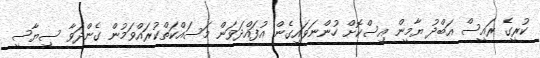
ކުރީގެ ރައީސް އަބްދު ޔާމީން އިސްކޮށް ހުންނަވައިގެން އުފައްދަވަން މަސައްކަތްކުރައްވަމުން ގެންދަވާ ސިޔާސީ